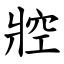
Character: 㸜